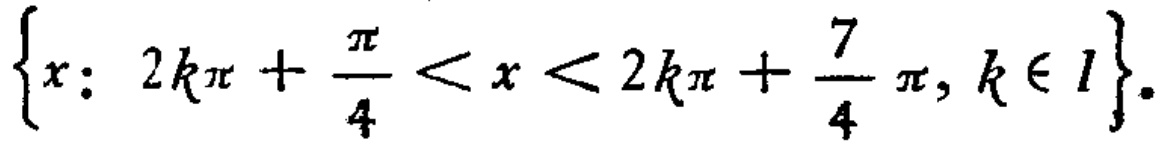
\(\left\{x:\ 2k\pi +\frac{\pi}{4}<x<2k\pi+\frac{7}{4}\pi,k\in I\right\}\)